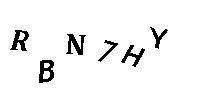
RBN7HY